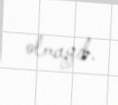
olmayıb.